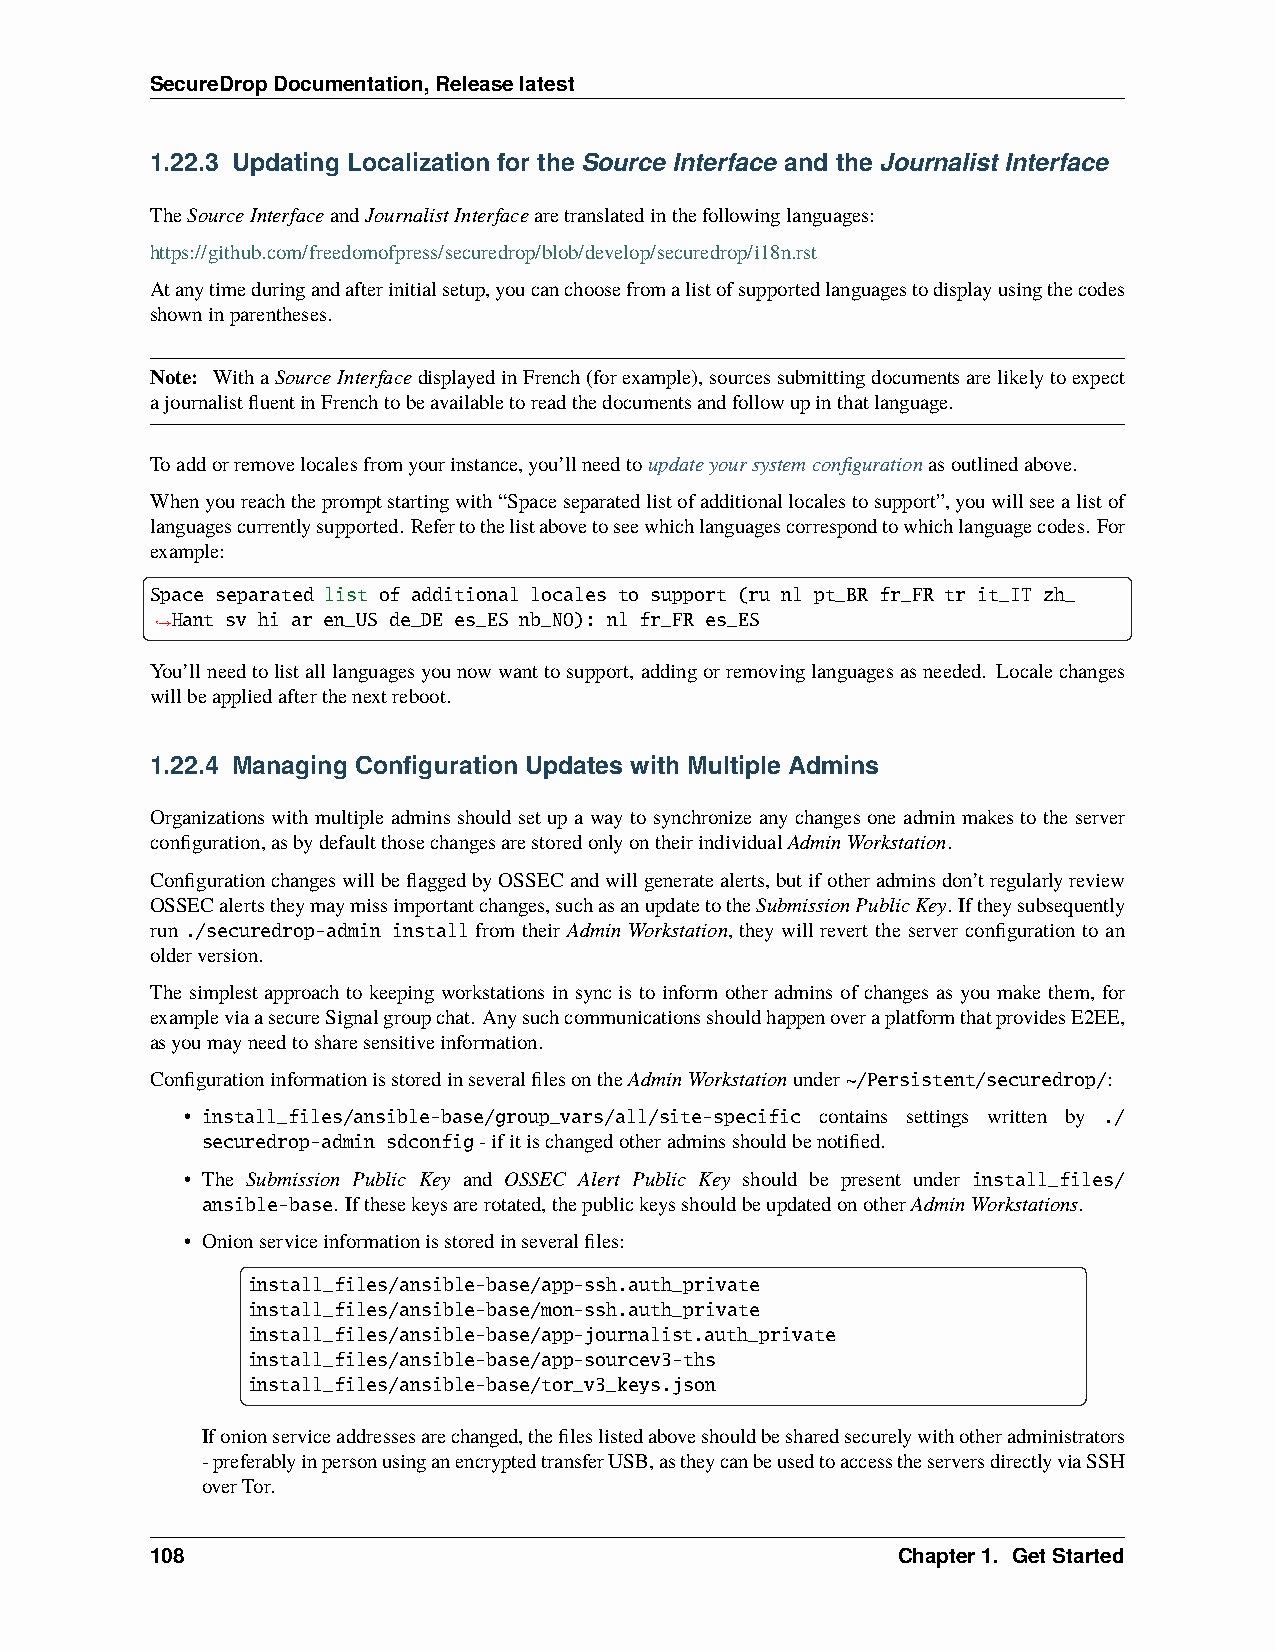
SecureDropDocumentation,Releaselatest
 1.22.3 Updating Localization for the Source Interface and the Journalist Interface
 TheSourceInterfaceandJournalistInterfacearetranslatedinthefollowinglanguages:
 https://github.com/freedomofpress/securedrop/blob/develop/securedrop/i18n.rst
 Atanytimeduringandafterinitialsetup,youcanchoosefromalistofsupportedlanguagestodisplayusingthecodes
 showninparentheses.
 Note: WithaSourceInterfacedisplayedinFrench(forexample),sourcessubmittingdocumentsarelikelytoexpect
 ajournalistfluentinFrenchtobeavailabletoreadthedocumentsandfollowupinthatlanguage.
 Toaddorremovelocalesfromyourinstance,you’llneedtoupdateyoursystemconfigurationasoutlinedabove.
 Whenyoureachthepromptstartingwith“Spaceseparatedlistofadditionallocalestosupport”,youwillseealistof
 languagescurrentlysupported. Refertothelistabovetoseewhichlanguagescorrespondtowhichlanguagecodes. For
 example:
 Space separated list of additional locales to support (ru nl pt_BR fr_FR tr it_IT zh_
 Hant sv hi ar en_US de_DE es_ES nb_NO): nl fr_FR es_ES
 ˓→
 You’llneedtolistalllanguagesyounowwanttosupport,addingorremovinglanguagesasneeded. Localechanges
 willbeappliedafterthenextreboot.
 1.22.4 Managing Configuration Updates with Multiple Admins
 Organizations with multiple admins should set up a way to synchronize any changes one admin makes to the server
 configuration,asbydefaultthosechangesarestoredonlyontheirindividualAdminWorkstation.
 ConfigurationchangeswillbeflaggedbyOSSECandwillgeneratealerts,butifotheradminsdon’tregularlyreview
 OSSECalertstheymaymissimportantchanges,suchasanupdatetotheSubmissionPublicKey. Iftheysubsequently
 run ./securedrop-admin install from their Admin Workstation, they will revert the server configuration to an
 olderversion.
 The simplest approach to keeping workstations in sync is to inform other admins of changes as you make them, for
 exampleviaasecureSignalgroupchat. AnysuchcommunicationsshouldhappenoveraplatformthatprovidesE2EE,
 asyoumayneedtosharesensitiveinformation.
 ConfigurationinformationisstoredinseveralfilesontheAdminWorkstationunder~/Persistent/securedrop/:
 • install_files/ansible-base/group_vars/all/site-specific contains settings written by ./
 securedrop-admin sdconfig-ifitischangedotheradminsshouldbenotified.
 • The Submission Public Key and OSSEC Alert Public Key should be present under install_files/
 ansible-base. Ifthesekeysarerotated,thepublickeysshouldbeupdatedonotherAdminWorkstations.
 • Onionserviceinformationisstoredinseveralfiles:
 install_files/ansible-base/app-ssh.auth_private
 install_files/ansible-base/mon-ssh.auth_private
 install_files/ansible-base/app-journalist.auth_private
 install_files/ansible-base/app-sourcev3-ths
 install_files/ansible-base/tor_v3_keys.json
 Ifonionserviceaddressesarechanged,thefileslistedaboveshouldbesharedsecurelywithotheradministrators
 -preferablyinpersonusinganencryptedtransferUSB,astheycanbeusedtoaccesstheserversdirectlyviaSSH
 overTor.
 108                                              Chapter1. GetStarted